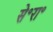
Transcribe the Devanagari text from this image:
से॰रा॰